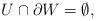
LaTeX: \begin{align*} U \cap \partial W = \emptyset,\end{align*}